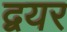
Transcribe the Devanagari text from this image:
द्वयर